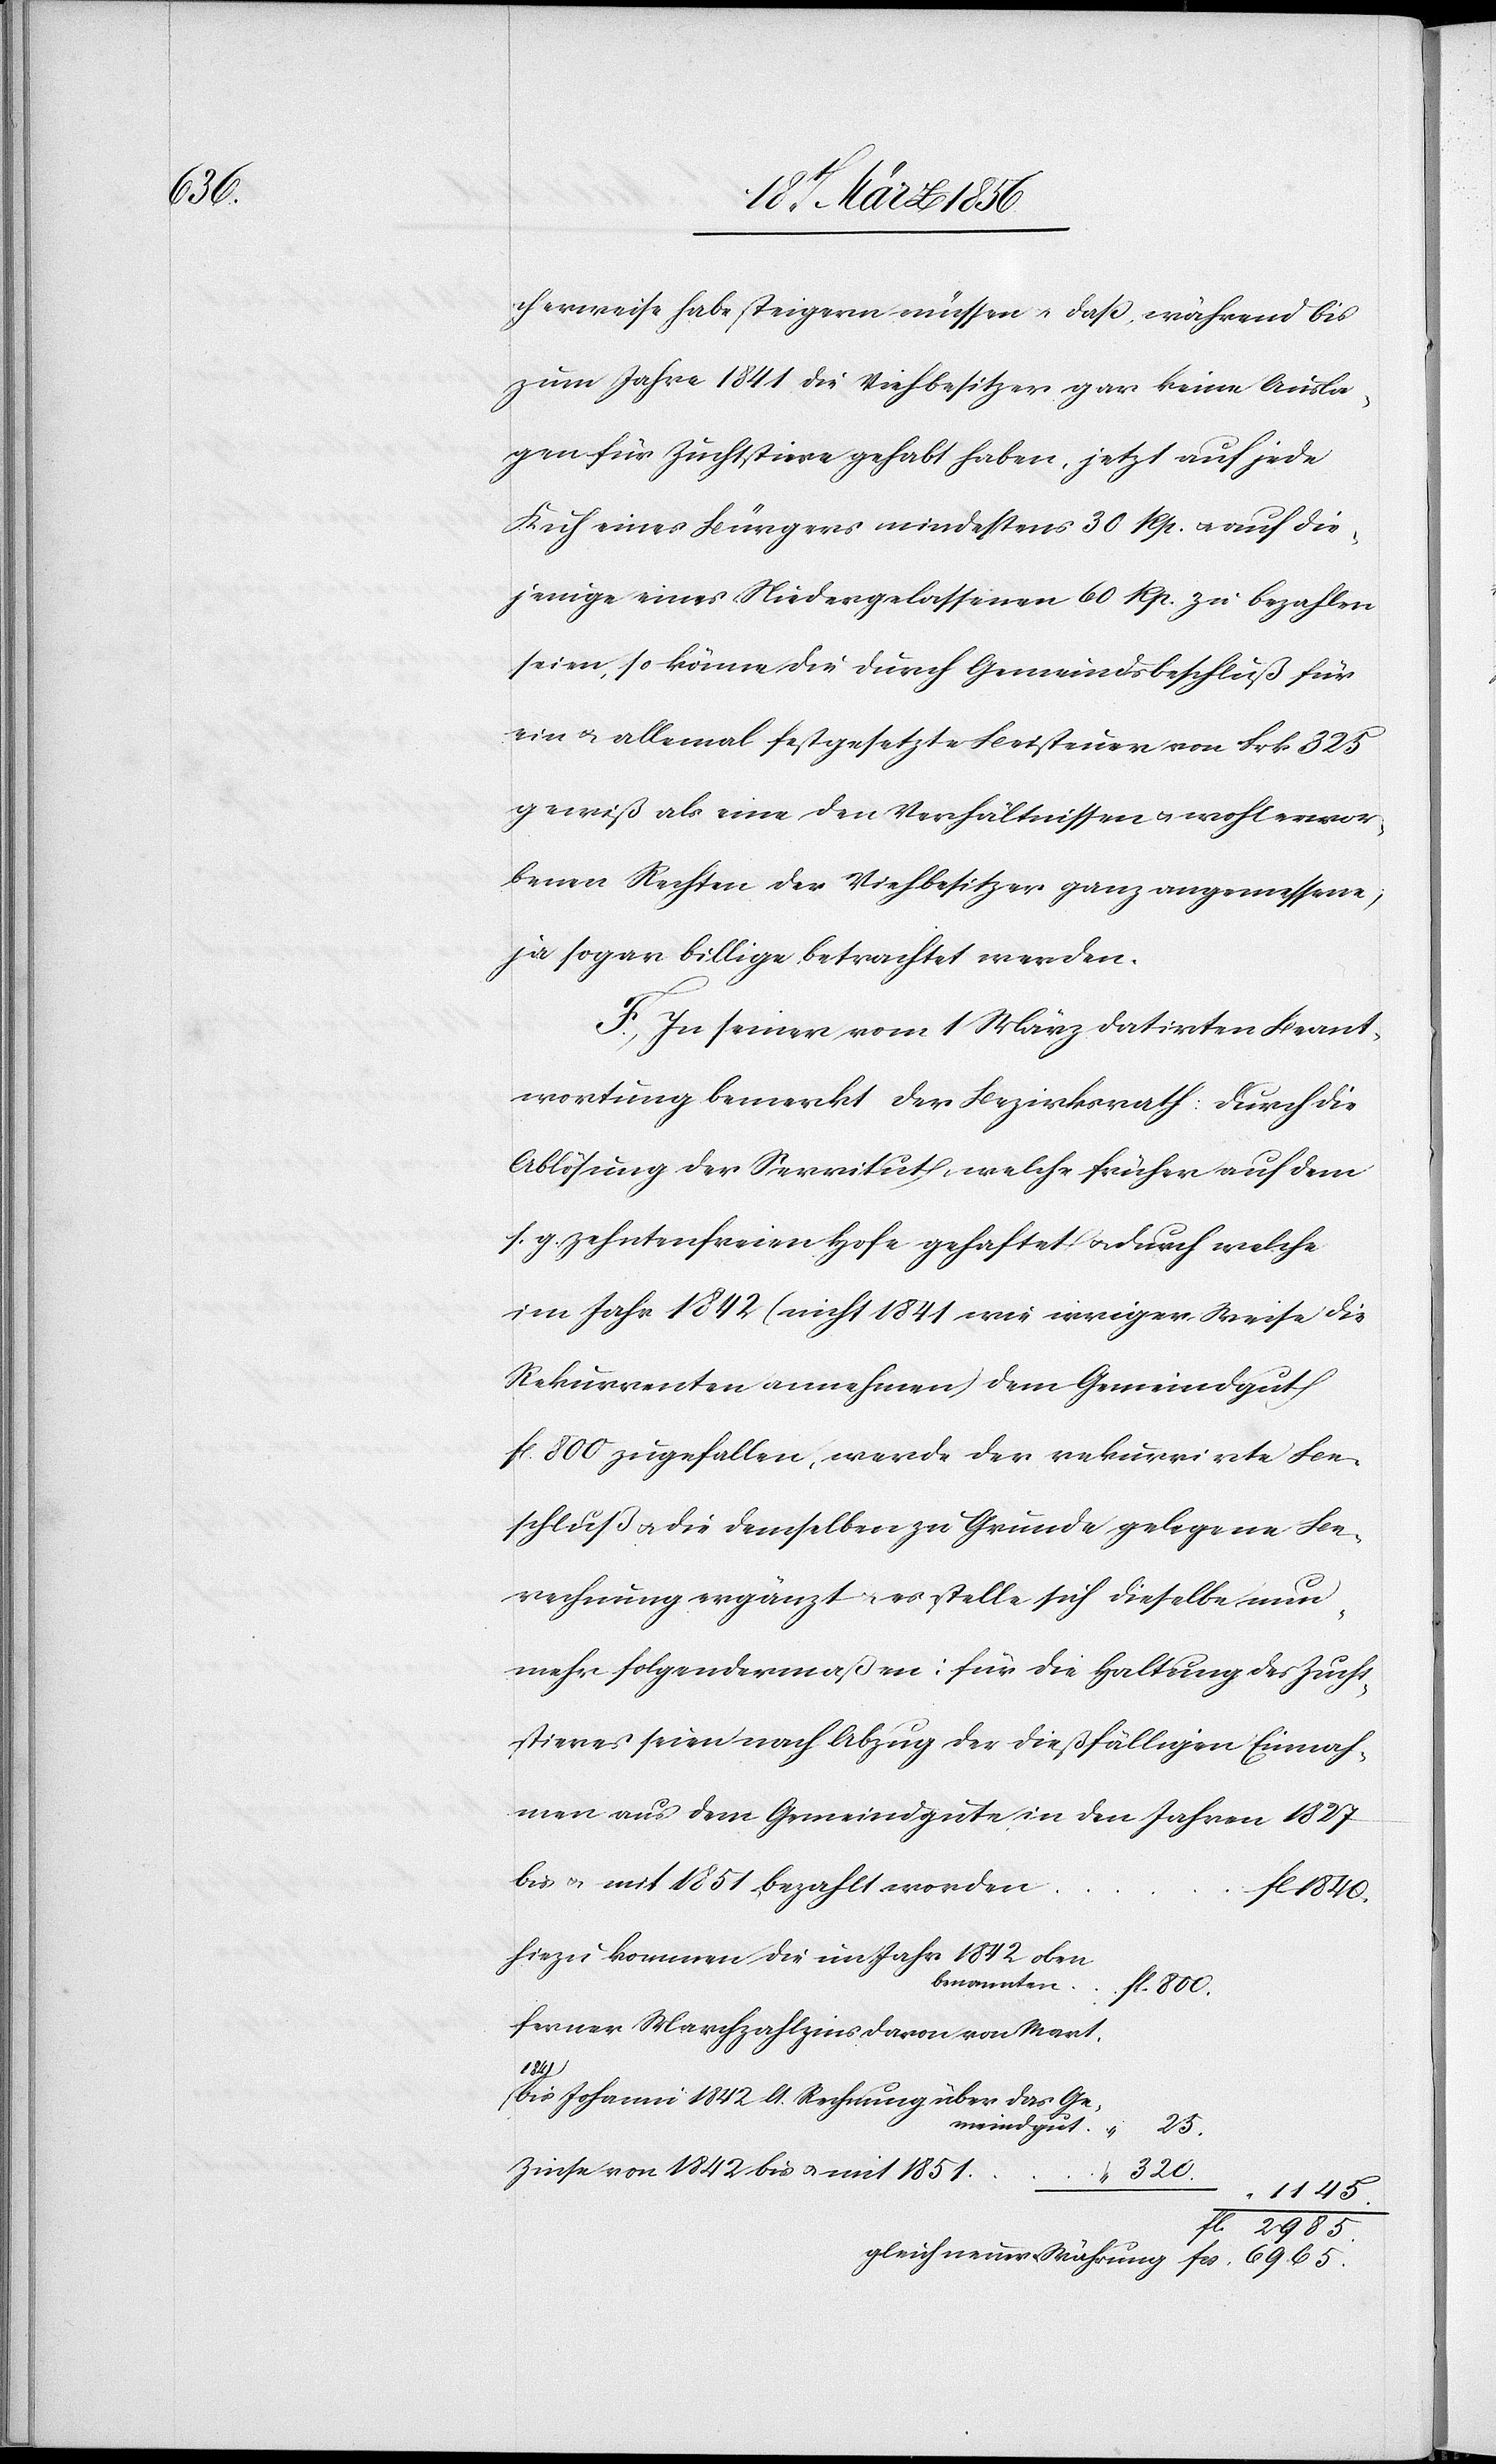
bezahlt

cherweise habe steigern müssen u. daß, während bis
zum Jahre 1841 die Viehbesitzer gar keine Ausla¬
gen für Zuchtstiere gehabt haben, jetzt auf jede
Kuh eines Bürgers mindestens 30 Rp. u. auf die¬
jenige eines Niedergelassenen 60 Rp. zu bezahlen
seien, so könne die durch Gemeindsbeschluß für
ein u. allemal festgesetzte Beisteuer von Frk 325
gewiß als eine den Verhältnissen u. wohlerwor¬
benen Rechten der Viehbesitzer ganz angemessene,
ja sogar billige betrachtet werden.
F., In seiner vom 1 März datirten Beant¬
wortung bemerkt der Bezirksrath: Durch die
Ablösung der Servitut, welche früher auf dem
s. g. zehnten freien Hofe gehaftet u. durch welche
im Jahr 1842 (nicht 1841 wie irriger Weise die
Rekurrenten annehmen) dem Gemeindgut
fl. 800 zugefallen, werde der rekurrirte Be¬
schluße u. die demselben zu Grunde gelegene Be¬
rechnung ergänzt u. es stelle sich dieselbe nun¬
mehr folgendermaßen: für die Haltung des Zucht¬
stieres seien nach Abzug der dießfälligen Einnah¬
men aus dem Gemeindgute in den Jahren 1827
1840.
hiezu kommen die im Jahr 1842 oben
ferner Marchzahlzins davon von Mart.
a1841a
bis Johanni 1842 lt. Rechnung über das Ge¬
meindgut	“
25.
Zinse von 1842 bis u. mit
800.
1145.
fl. 2985.
gleich neuer Währung	fcs. 6965.